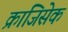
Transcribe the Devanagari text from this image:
क्राजिसेक